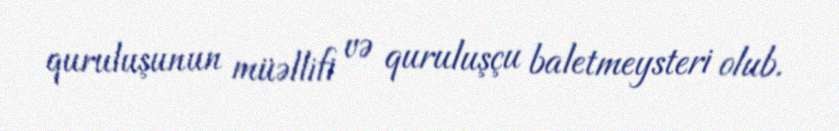
quruluşunun müəllifi və quruluşçu baletmeysteri olub.